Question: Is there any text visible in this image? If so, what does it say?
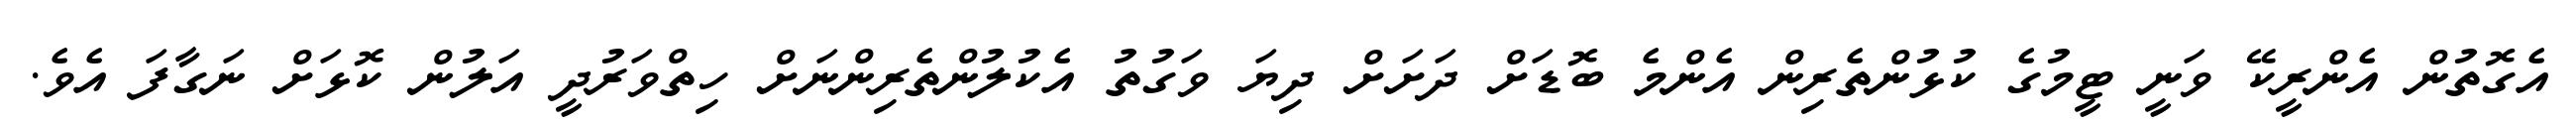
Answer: އެގޮތުން އެންރީކޭ ވަނީ ޓީމުގެ ކުޅުންތެރިން އެންމެ ބޮޑަށް ދަށަށް ދިޔަ ވަގުތު އެކުލުންތެރިންނަށް ހިތްވަރުދީ އަލުން ކޮޅަށް ނަގާފަ އެވެ.